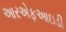
આરએફઆઇડી